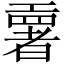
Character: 𫶳